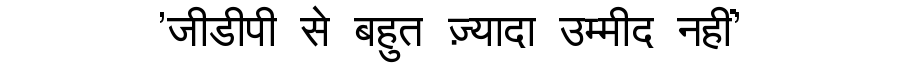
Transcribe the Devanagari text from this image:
'जीडीपी से बहुत ज़्यादा उम्मीद नहीं'